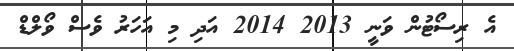
އެ ރިސޯޓުން ވަނީ 2013 2014 އަދި މި އަހަރު ވެސް ވޯލްޑް